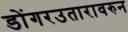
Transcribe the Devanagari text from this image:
डोंगरउतारावरुन